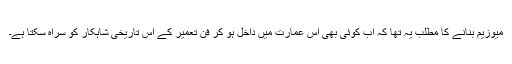
میوزیم بنانے کا مطلب یہ تھا کہ اب کوئی بھی اس عمارت میں داخل ہو کر فن تعمیر کے اس تاریخی شاہکار کو سراہ سکتا ہے۔